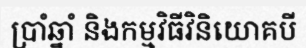
ប្រាំឆ្នាំ និងកម្មវិធីវិនិយោគបី